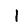
Digit: 1